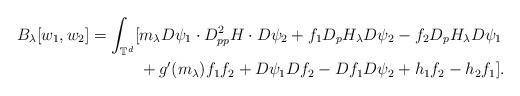
LaTeX: \begin{align*}B_{\lambda}[w_1,w_2]=\int_{\mathbb{T}^d}[&m_{\lambda}D\psi_1\cdot D^2_{pp}H \cdot D\psi_2+f_1D_pH_{\lambda}D\psi_2-f_2D_pH_{\lambda}D\psi_1\\&+g'(m_{\lambda})f_1f_2+D\psi_1Df_2-Df_1D\psi_2+h_1f_2 -h_2f_1].\end{align*}